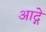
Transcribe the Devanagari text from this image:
आद्गे